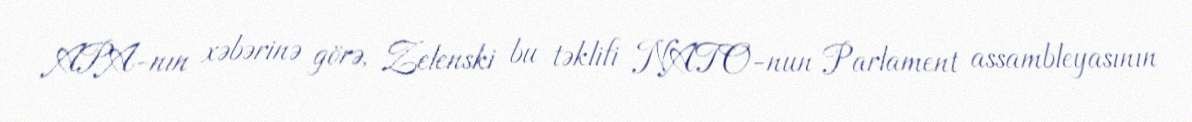
APA-nın xəbərinə görə, Zelenski bu təklifi NATO-nun Parlament assambleyasının